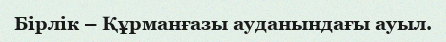
Бірлік – Құрманғазы ауданындағы ауыл.